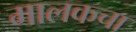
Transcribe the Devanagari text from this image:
मालकचा